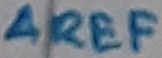
Text: AREF